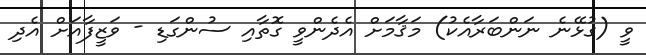
ވީ (ގުޅޭނެ ނަންބަރާއެކު) މަޤާމަށް އެދެންވީ ގޮތާއި ސުންގަޑި - ވަޒީފާއަށް އެދި